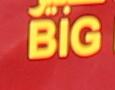
big